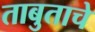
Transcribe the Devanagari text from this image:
ताबुताचे